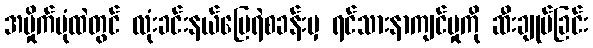
အမှိုက်ပုံထဲတွင် လုံးခင်းနယ်မြေရဲစခန်းမှ ရင်သားနာကျင်မှုကို ဆီးချုပ်ခြင်း